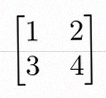
\begin{bmatrix}1&2\\3&4\end{bmatrix}